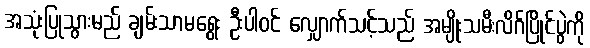
အသုံးပြုသွားမည် ချမ်းသာမရွေး ဦးပါဝင် လျှောက်သင့်သည် အမျိုးသမီးလိဂ်ပြိုင်ပွဲကို